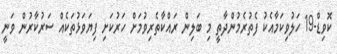
ކޮވިޑް-19 ހަލުވިކަމާއެކު ފެތުރެމުންދާތީ މި ބަލިން ރައްކާތެރިވުމަށް ހަރުކަށި ފިޔަވަޅުތަކެއް ސަރުކާރުން ވަނީ